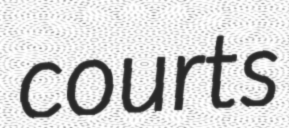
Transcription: courts